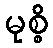
မုစ္စိ